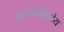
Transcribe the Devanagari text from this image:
कलनविधीय